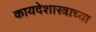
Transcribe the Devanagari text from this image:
कायदेशास्त्राच्या